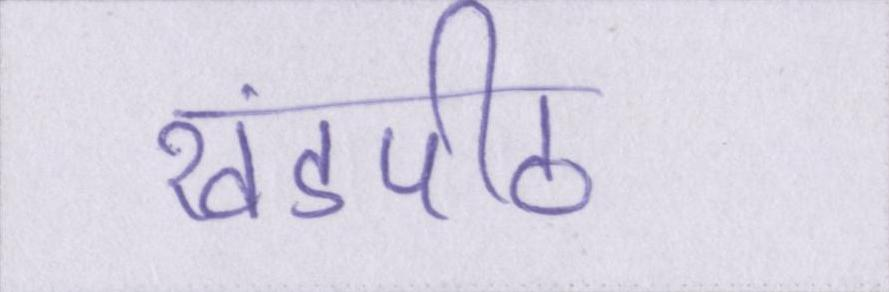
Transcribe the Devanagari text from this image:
खंडपीठ